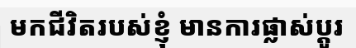
មកជីវិតរបស់ខ្ញុំ មានការផ្លាស់ប្តូរ